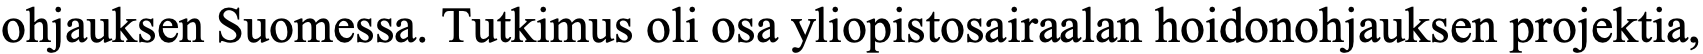
ohjauksen Suomessa. Tutkimus oli osa yliopistosairaalan hoidonohjauksen projektia,